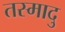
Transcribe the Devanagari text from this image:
तस्मादु